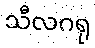
သီလဂရု